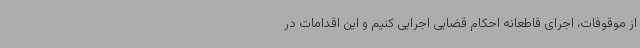
از موقوفات، اجرای قاطعانه احکام قضایی اجرایی کنیم و این اقدامات در